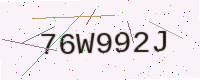
Text: 76W992J